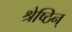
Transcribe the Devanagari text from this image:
श्रेष्ठिन्